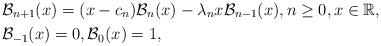
LaTeX: \begin{align*}&\mathcal{B}_{n+1}(x) = (x-c_n)\mathcal{B}_n(x)-\lambda_n x\mathcal{B}_{n-1}(x), n\geq 0, x \in \mathbb{R}, \\& \mathcal{B}_{-1}(x) = 0, \mathcal{B}_0(x) = 1,\end{align*}